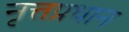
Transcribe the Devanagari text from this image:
नृत्तप्रधान